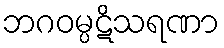
ဘဂဝမ္ပဋိသရဏာ